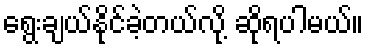
ရွေးချယ်နိုင်ခဲ့တယ်လို့ ဆိုရပါမယ်။